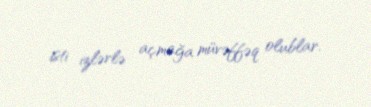
isti izlərlə açmağa müvəffəq olublar.